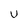
Character: U